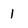
Character: I